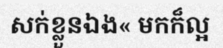
សក់ខ្លួនឯង« មកក៏ល្អ